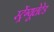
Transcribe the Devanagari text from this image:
स्ट्रेंग्यूलेटेड